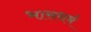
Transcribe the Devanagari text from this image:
भासधर्म